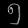
Digit: ၅